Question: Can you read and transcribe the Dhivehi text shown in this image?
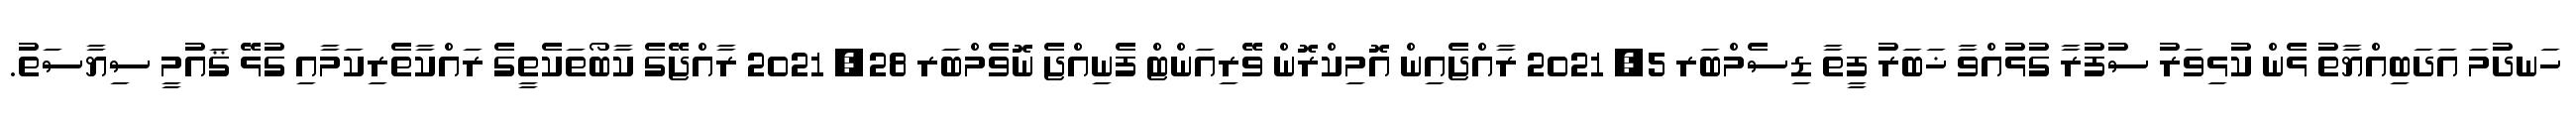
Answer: ހަނދުމަ އަދަބިއްޔާތު ޅެން ކުޅިވަރު ސުފުރާ ގުޅުއްވާ ޚަބަރު ފީތާ ޑިސެމްބަރ 5, 2021 ރާއްޖެއިން އޮމިކްރޮން ވޭރިއަންޓް ފެނިއްޖެ ނޮވެމްބަރ 28, 2021 ރާއްޖޭގެ ކާބޯތަކެތީގެ ރައްކާތެރިކަމާއި ގުޅޭ ޤައުމީ ސިޔާސަތު.